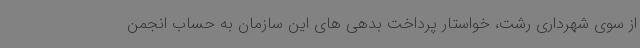
از سوی شهرداری رشت، خواستار پرداخت بدهی های این سازمان به حساب انجمن